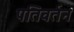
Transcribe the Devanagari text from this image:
पतिवर्तन